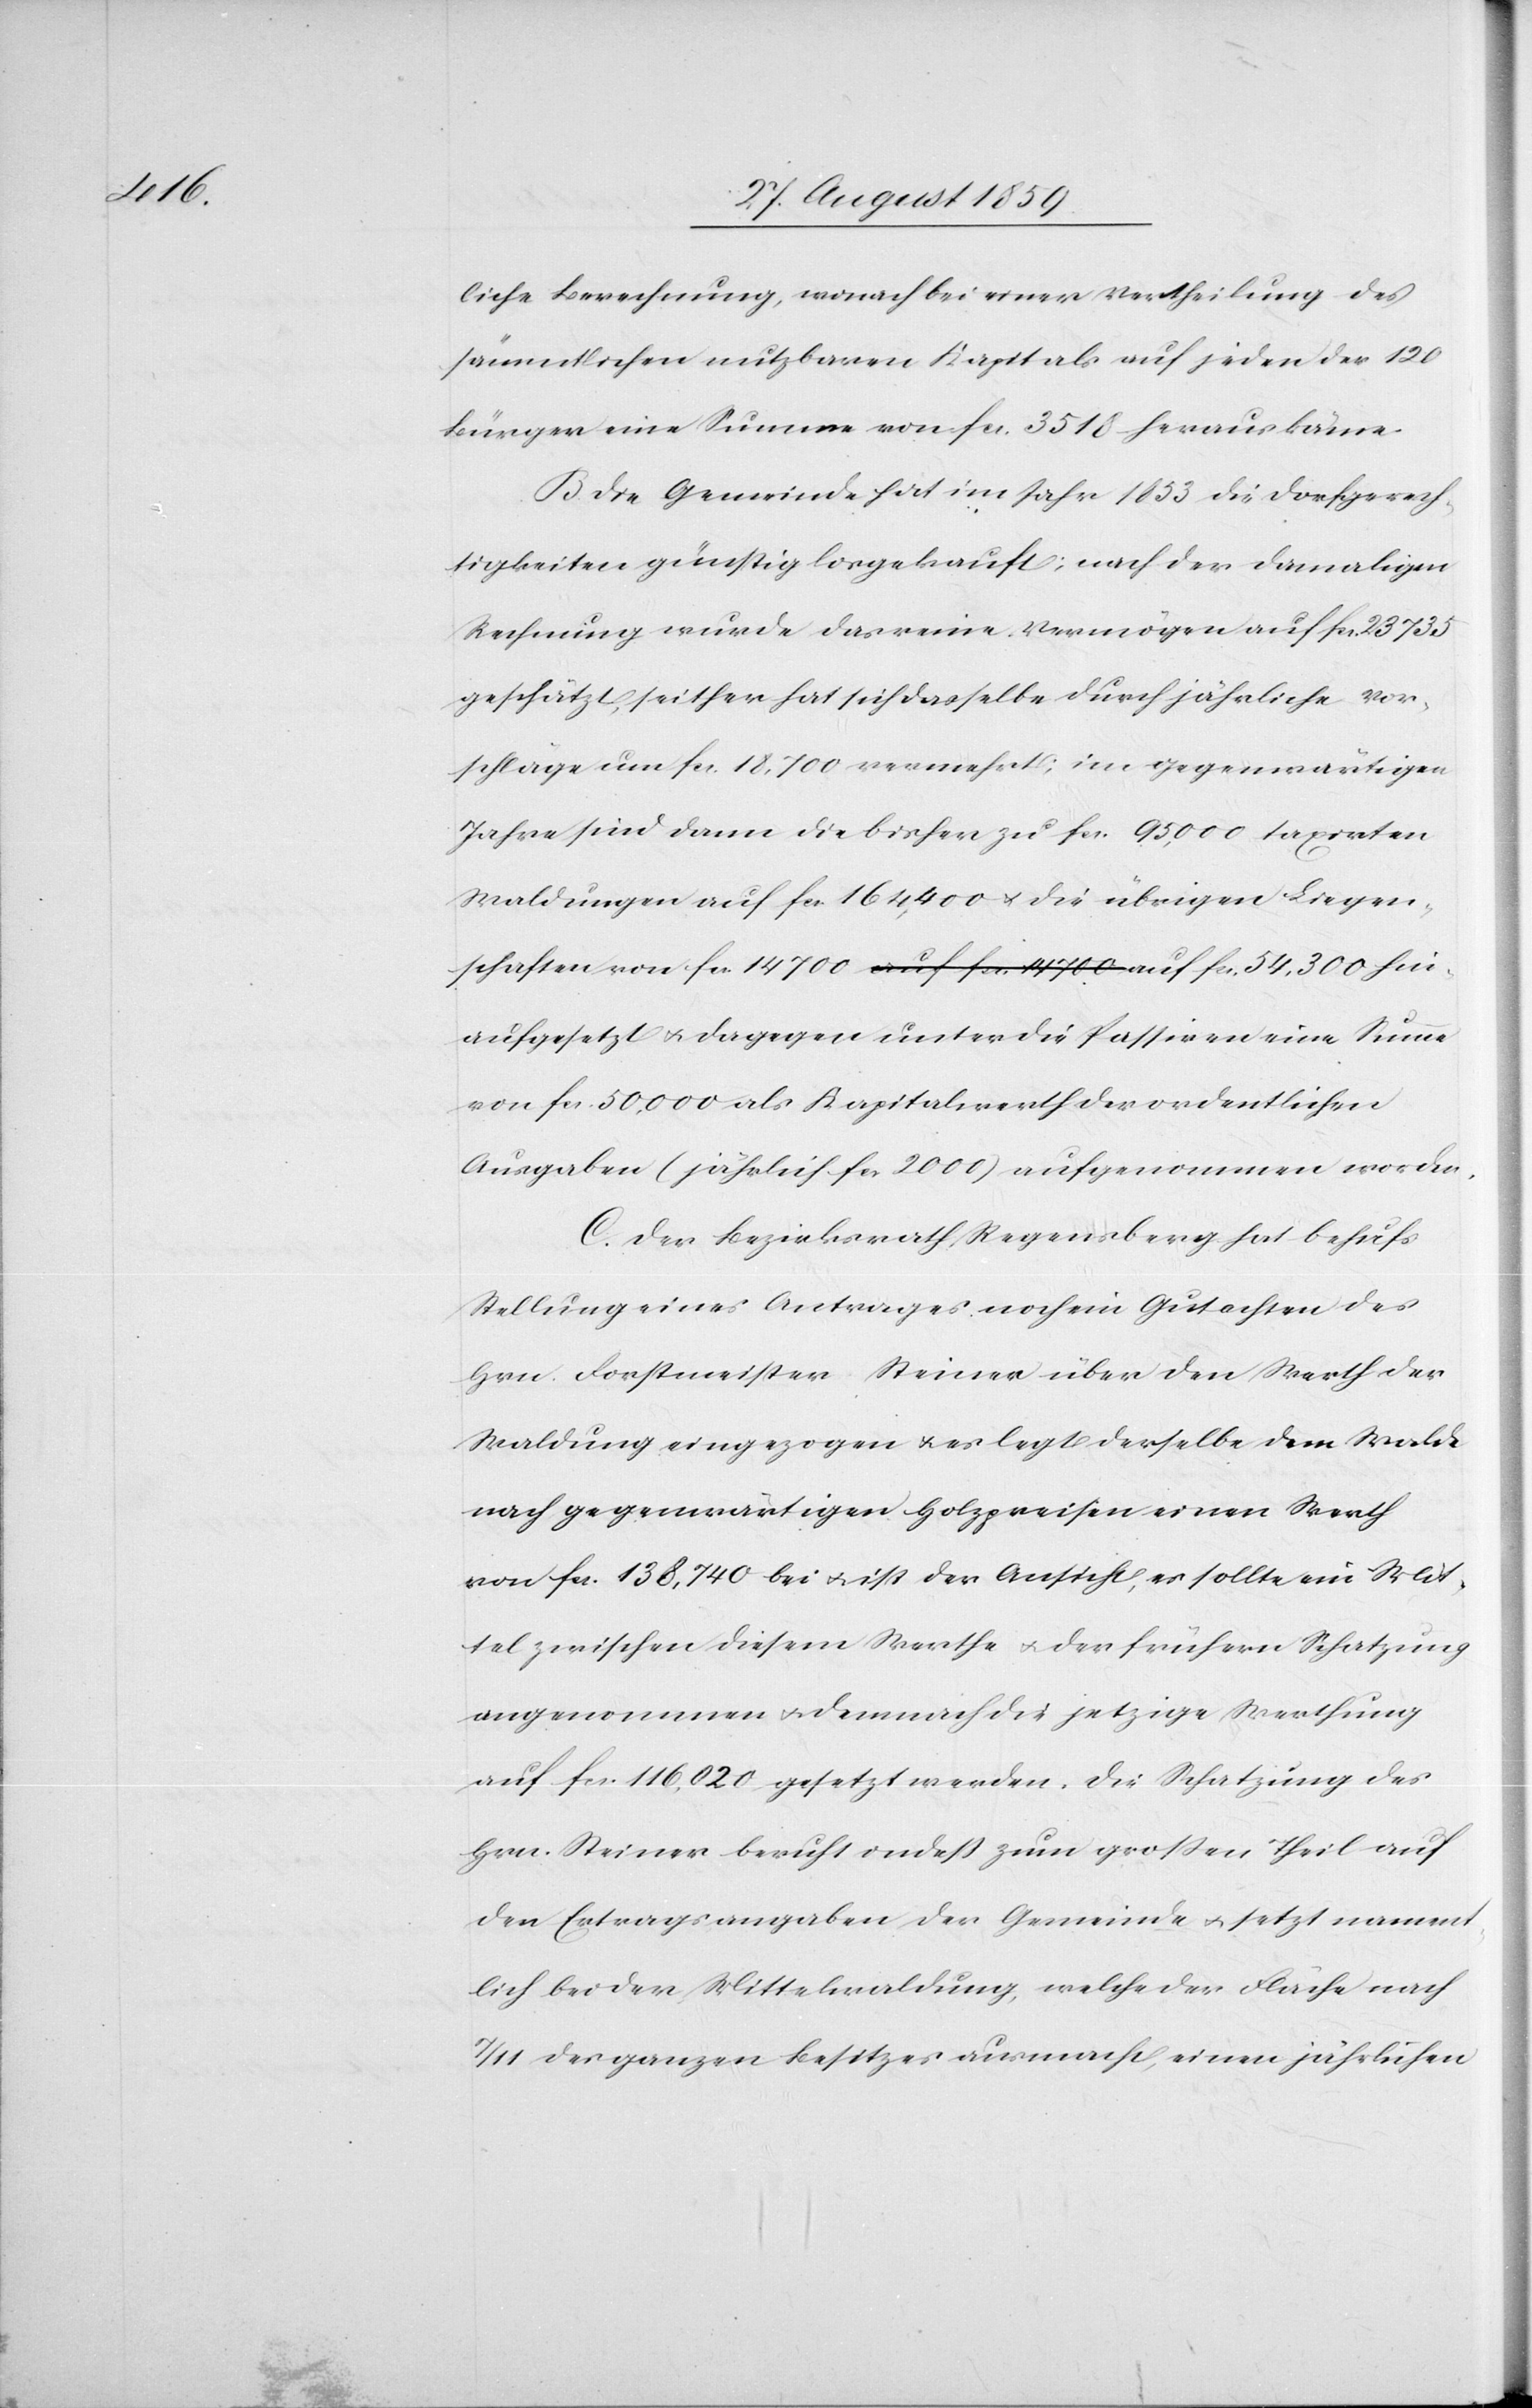
liche Berechnung, wonach bei einer Vertheilung des
sämmtlichen nutzbaren Kapitals auf jeden der 120
Bürger eine Summe von fcs. 3518 herauskäme.
B. Die Gemeinde hat im Jahr 1853 die Dorfgerech¬
tigkeiten günstig losgekauft; nach der damaligen
Rechnung wurde das reine Vermögen auf fcs. 23735
geschätzt, seither hat sich dasselbe durch jährliche Vor¬
schläge um fcs. 18,700 vermehrt, im gegenwärtigen
Jahre sind dann die bisher zu fcs. 95,000 taxirten
Waldungen auf fcs. 164,400 & die übrigen Liegen¬
schaften von fcs. 14700 auf fcs. 54,300 hinaufgesetzt & dagegen
von fcs. 50,000 als Kapitalwerth der ordentlichen
Ausgaben (jährlich fcs. 2000) aufgenommen worden.
C. Der Bezirksrath Regensberg hat behufs
Stellung eines Antrages noch ein Gutachten des
Hrn. Forstmeister Steiner über den Werth der
Waldung eingezogen & es legt derselbe dem Walde
nach gegenwärtigen Holzpreisen einen Werth
von fcs. 138,740 bei & ist der Ansicht, es sollte ein Mit¬
tel zwischen diesem Werthe & der frühern Schatzung
angenommen & demnach die jetztige Werthung
auf fcs. 116,020 gesetzt werden. Die Schatzung des
Hrn. Steiner beruht indeß zum großen Theil auf
den Ertragsangaben der Gemeinde & jetzt nament¬
lich bei der Mittelwaldung, welche der Fläche nach
7/11 des ganzen Besitzes ausmacht, einen jährlichen